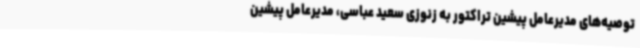
توصیه‌های مدیرعامل پیشین تراکتور به زنوزی سعید عباسی، مدیرعامل پیشین